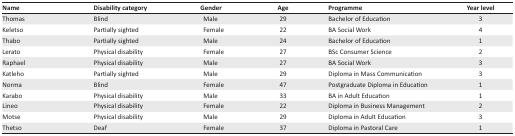
| Name | Disability category | Gender | Age | Programme | Year level |
 | --- | --- | --- | --- | --- | --- |
 | Thomas | Blind | Male | 29 | Bachelor of Education | 3 |
 | Keletso | Partially sighted | Female | 22 | BA Social Work | 4 |
 | Thabo | Partially sighted | Male | 24 | Bachelor of Education | 1 |
 | Lerato | Physical disability | Female | 27 | BSc Consumer Science | 2 |
 | Raphael | Physical disability | Male | 27 | BA Social Work | 3 |
 | Katleho | Partially sighted | Male | 29 | Diploma in Mass Communication | 3 |
 | Norma | Blind | Female | 47 | Postgraduate Diploma in Education | 1 |
 | Karabo | Physical disability | Male | 33 | BA in Adult Education | 1 |
 | Lineo | Physical disability | Female | 22 | Diploma in Business Management | 2 |
 | Motse | Physical disability | Male | 29 | Diploma in Adult Education | 3 |
 | Thetso | Deaf | Female | 37 | Diploma in Pastoral Care | 1 |